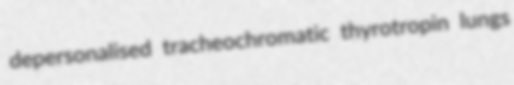
depersonalised tracheochromatic thyrotropin lungs